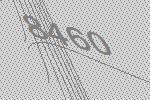
8460